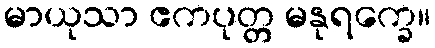
မာယုသာ ဧကပုတ္တ မနုရက္ခေ။